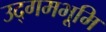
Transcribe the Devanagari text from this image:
उद्गमभूमि